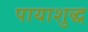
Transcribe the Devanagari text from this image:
पायाशुद्ध